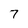
Character: 7